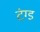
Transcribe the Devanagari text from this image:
टंग्ड